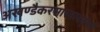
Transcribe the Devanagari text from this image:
अखण्डैकरसास्वादतृप्तो